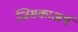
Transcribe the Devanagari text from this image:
जिसकाअर्थ